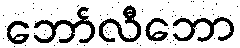
ဘော်လီဘော